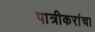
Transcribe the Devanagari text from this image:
पात्रीकरांचा